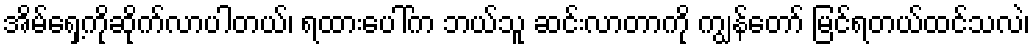
အိမ်ရှေ့ကိုဆိုက်လာပါတယ်၊ ရထားပေါ်က ဘယ်သူ ဆင်းလာတာကို ကျွန်တော် မြင်ရတယ်ထင်သလဲ၊